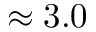
\approx 3 . 0